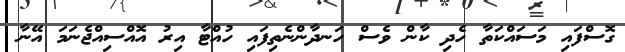
ގޮސްފައި މަސައްކަތާ ހެދި ކާން ވެސް ހަނދާންނެތިފައި ހުއްޓާ އިރު އޮއްސިއްޖެނަމަ އޭނާ